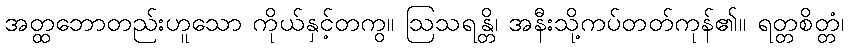
အတ္ထဘောတည်းဟူသော ကိုယ်နှင့်တကွ။ ဩသရန္တိ၊ အနီးသို့ကပ်တတ်ကုန်၏။ ရတ္တစိတ္တံ၊